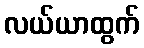
လယ်ယာထွက်